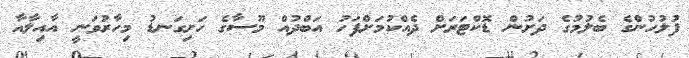
ފުލުހުންގެ ބެލުމުގެ ދަށުން ޑޮކްޓަރަށް ދެއްކުމަށްފަހު އަބްދުއް މޫސާގެ ހަށިގަނޑު މިހާރުވަނީ އާއިލާއާ